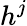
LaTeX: h^{j}